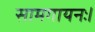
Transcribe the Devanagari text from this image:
सामगायनः।